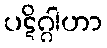
ပဋိဂ္ဂါဟာ